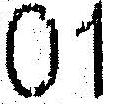
01